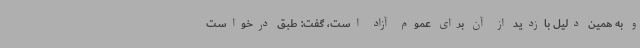
و به همین دلیل بازدید از آن برای عموم آزاد است، گفت: طبق درخواست